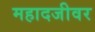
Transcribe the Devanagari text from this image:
महादजीवर